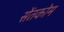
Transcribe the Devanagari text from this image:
सेंतकोम